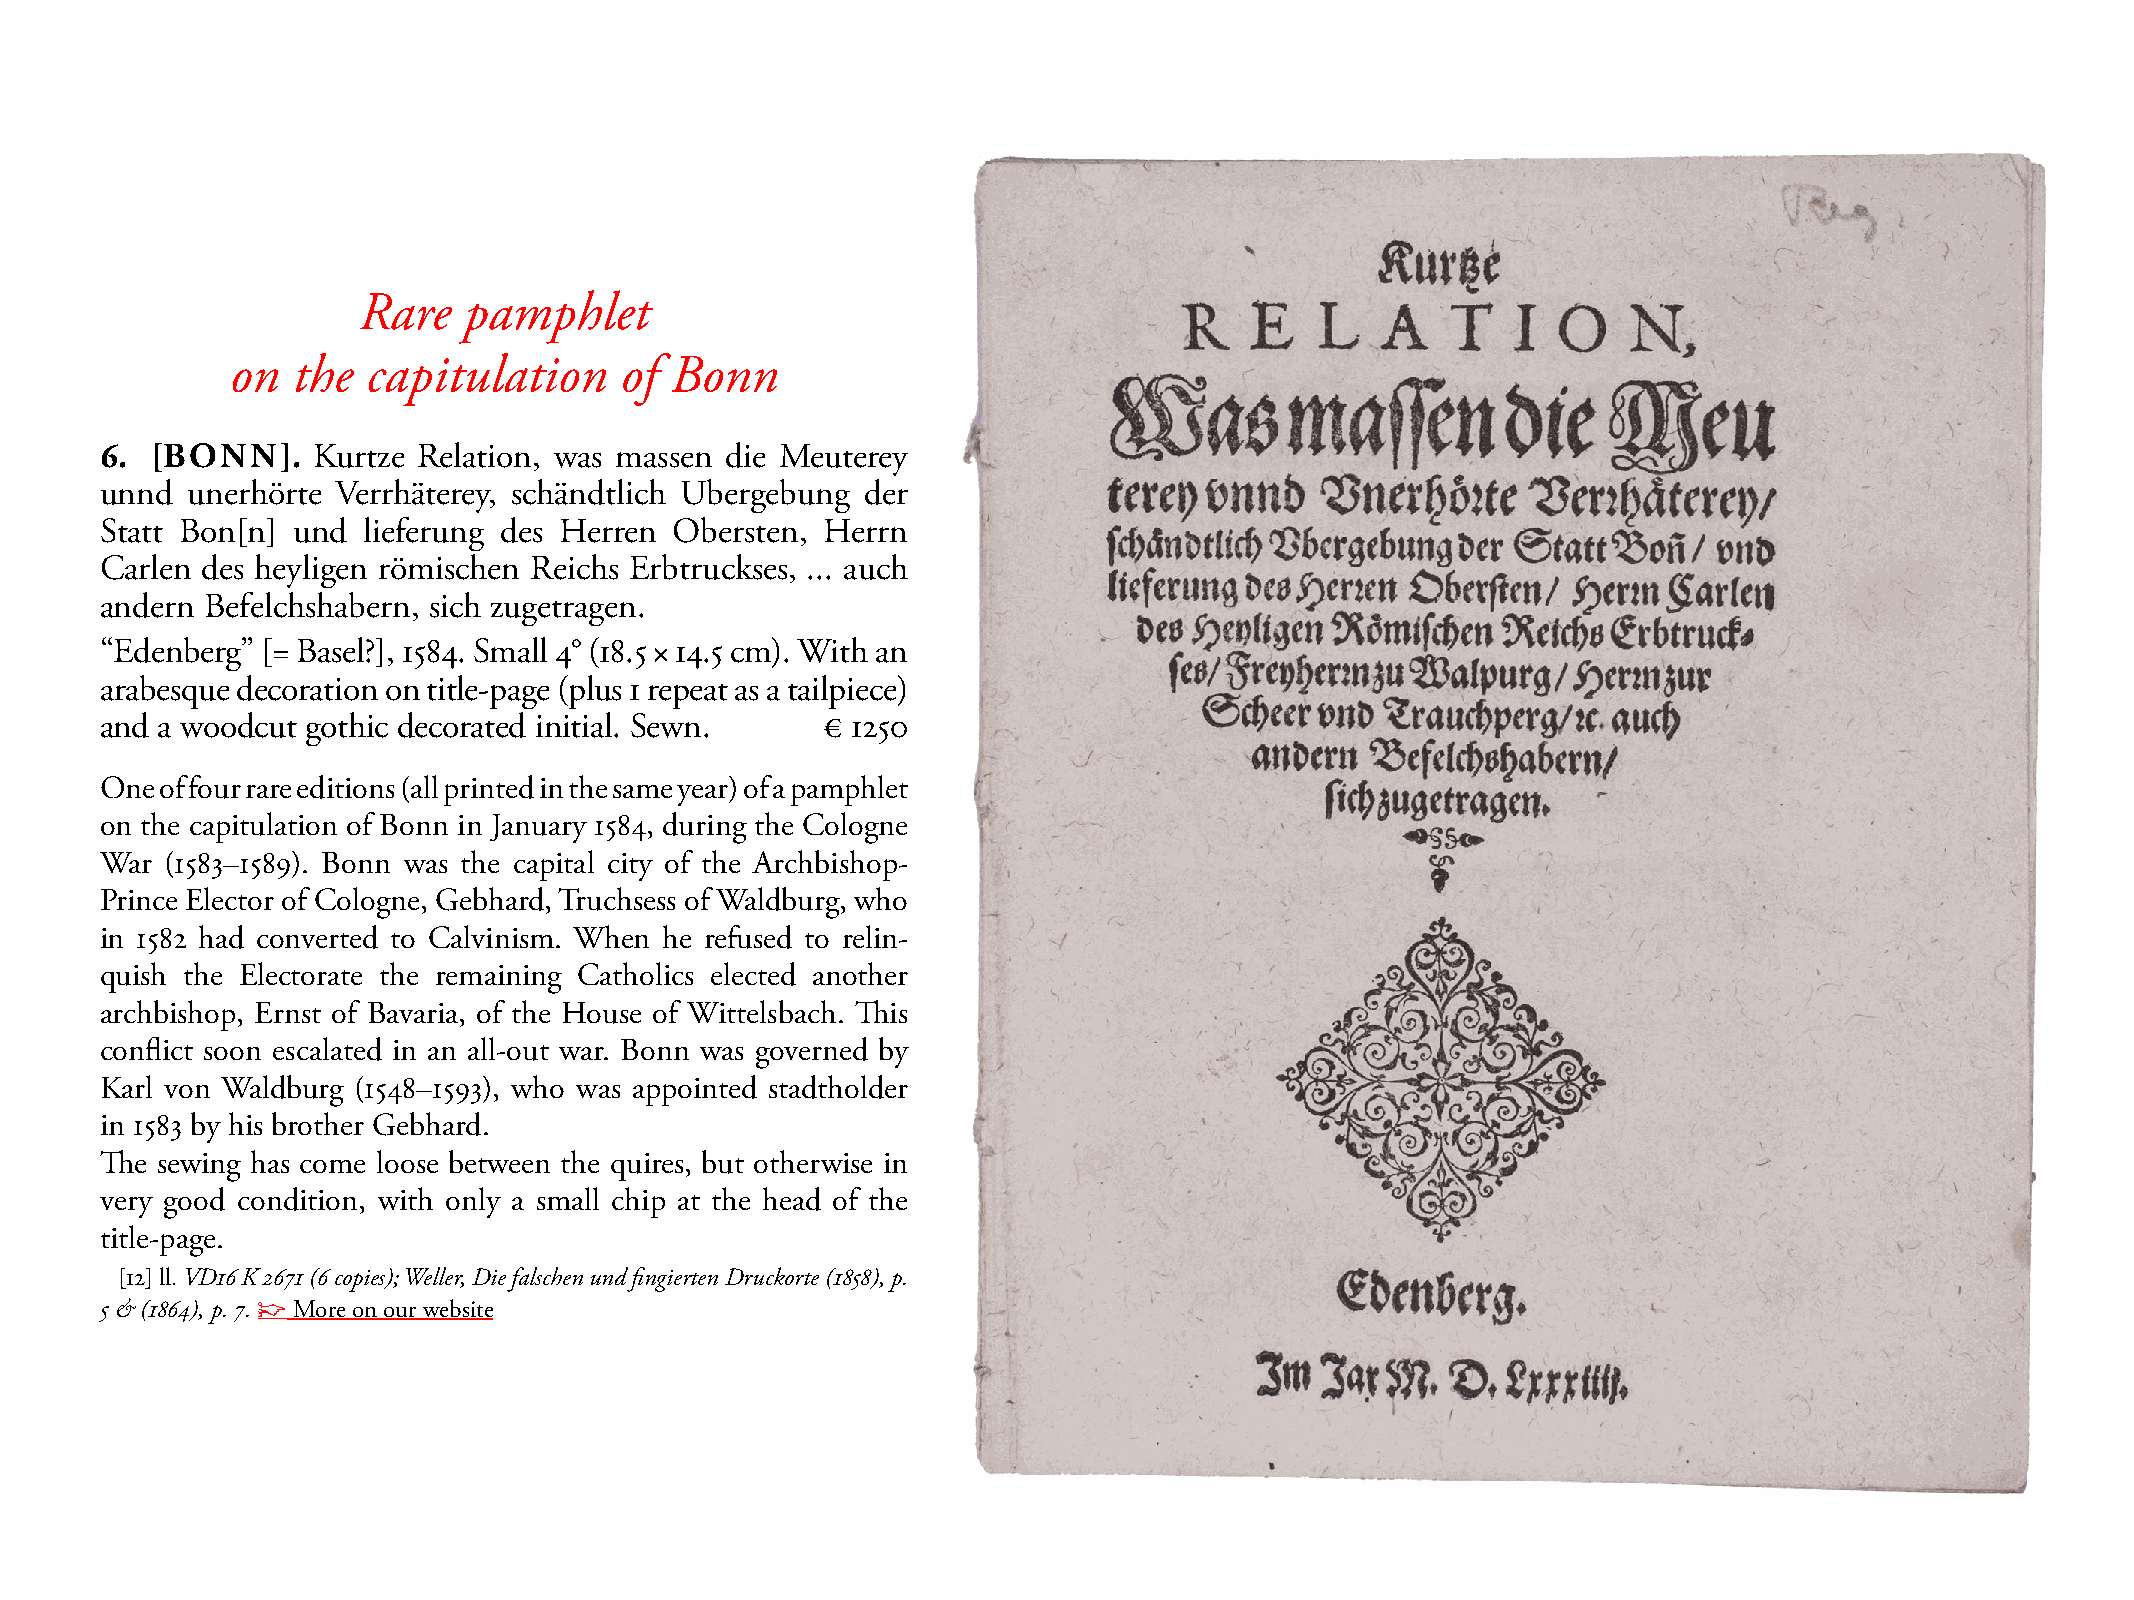
Rare   pamphlet
 on  the  capitulation     of Bonn
 6. [BONN].    Kurtze Relation, was massen die meuterey
 unnd unerhörte Verrhäterey, schändtlich Ubergebung der
 statt Bon[n] und lieferung des Herren Obersten, Herrn
 Carlen des heyligen römischen Reichs Erbtruckses, ... auch
 andern Befelchshabern, sich zugetragen.
 “Edenberg” [= Basel?], 1584. small 4° (18.5 × 14.5 cm). With an
 arabesque decoration on title-page (plus 1 repeat as a tailpiece)
 and a woodcut gothic decorated initial. sewn.  € 1250
 One of four rare editions (all printed in the same year) of a pamphlet
 on the capitulation of Bonn in January 1584, during the Cologne
 War (1583–1589). Bonn was the capital city of the Archbishop-
 Prince Elector of Cologne, Gebhard, Truchsess of Waldburg, who
 in 1582 had converted to Calvinism. When he refused to relin-
 quish the Electorate the remaining Catholics elected another
 archbishop, Ernst of Bavaria, of the House of Wittelsbach. This
 conflict soon escalated in an all-out war. Bonn was governed by
 Karl von Waldburg (1548–1593), who was appointed stadtholder
 in 1583 by his brother Gebhard.
 The sewing has come loose between the quires, but otherwise in
 very good condition, with only a small chip at the head of the
 title-page.
 [12] ll. VD16 K 2671 (6 copies); Weller, Die falschen und fingierten Druckorte (1858), p.
 5 & (1864), p. 7. ☞ more on our website